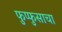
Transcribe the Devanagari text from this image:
फुप्फुसाचा